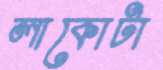
লাকোটা